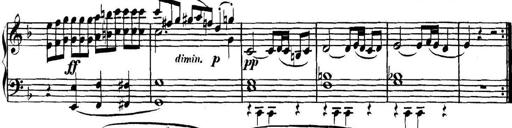
Title: Collected Piano Sonatas
Composer: Muzio Clementi